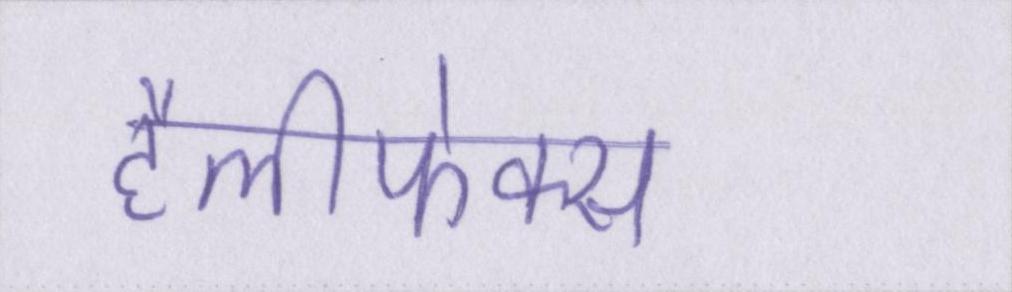
हैलीफेक्स